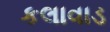
કલાવાડ